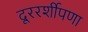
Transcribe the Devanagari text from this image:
दूररर्शीपणा